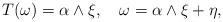
LaTeX: \begin{align*}T(\omega)= \alpha \wedge \xi, \ \ \ \omega =\alpha \wedge \xi + \eta,\end{align*}